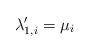
LaTeX: \begin{align*}\lambda'_{1,i} = \mu_i\end{align*}